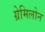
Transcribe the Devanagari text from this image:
ग्रेमिलोन